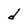
Character: d